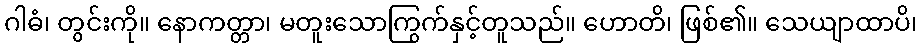
ဂါဓံ၊ တွင်းကို။ နောကတ္တာ၊ မတူးသောကြွက်နှင့်တူသည်။ ဟောတိ၊ ဖြစ်၏။ သေယျာထာပိ၊